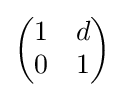
\left({\begin{matrix}1&d\\0&1\\\end{matrix}}\right)